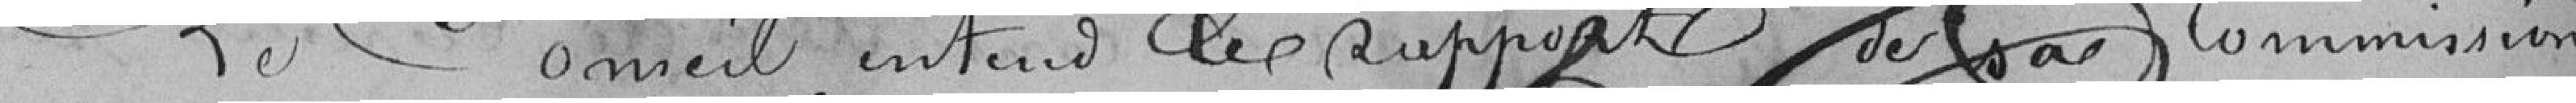
Le Conseil entend le rapport de sa Commission